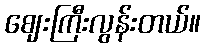
ဈေးကြီးလွန်းတယ်။